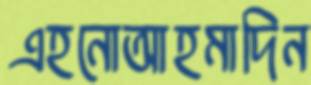
এহনোআহমাদিন